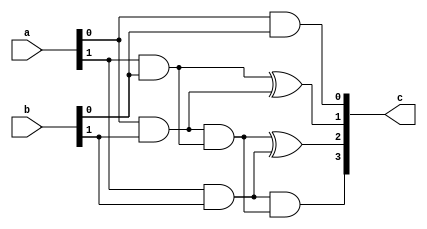
// 2-bit vedic multiplier
module vedic_2(a,b,c);
input [1:0]a,b;
output [3:0]c;
//result generation 
assign c[0] =  a[0]&b[0];
assign c[1] = (a[1]&b[0])^(a[0]&b[1]);
assign c[2] = ((a[0]&b[1])&(a[1]&b[0]))^(a[1]&b[1]);
assign c[3] = (a[1]&b[1])&((a[0]&b[1])&(a[1]&b[0]));
endmodule